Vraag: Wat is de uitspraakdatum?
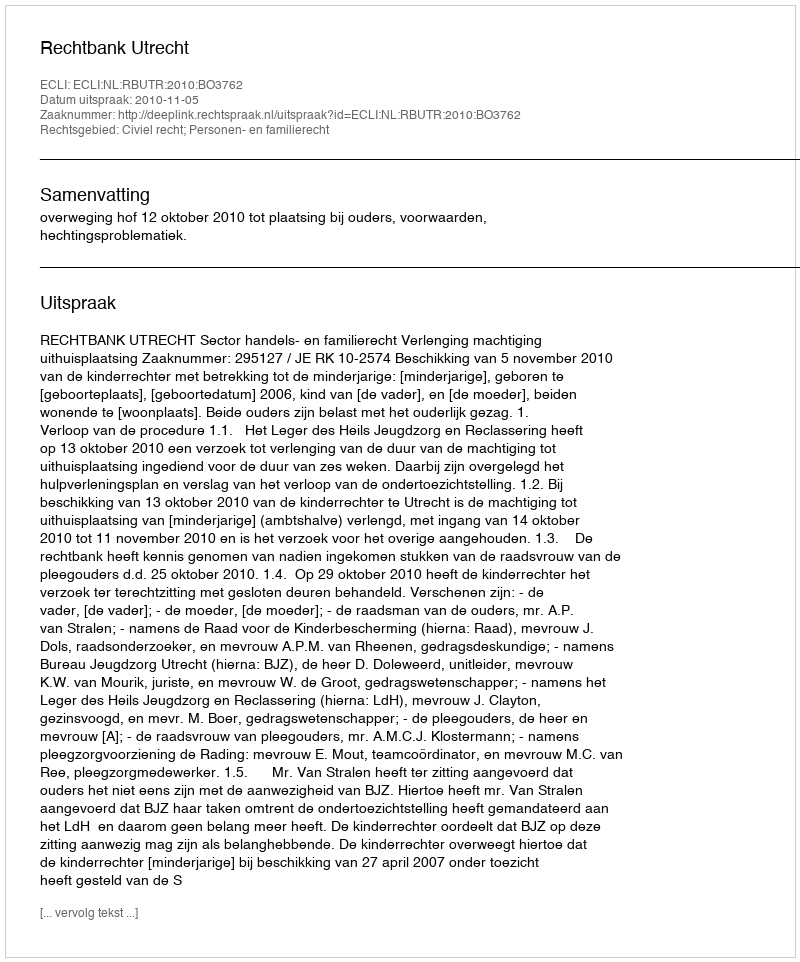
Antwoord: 2010-11-05